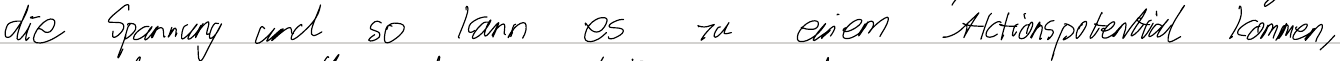
die Spannung und so kann es zu einem Aktionspotential kommen,